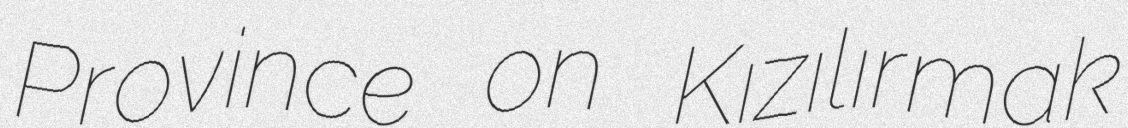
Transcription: Province on Kızılırmak